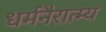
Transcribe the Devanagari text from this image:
धर्मनैरात्म्य